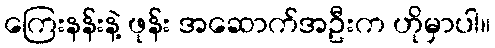
ကြေးနန်းနဲ့ ဖုန်း အဆောက်အဦးက ဟိုမှာပါ။